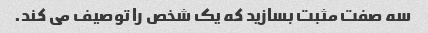
سه صفت مثبت بسازید که یک شخص را توصیف می کند.